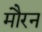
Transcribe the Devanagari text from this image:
मौरन